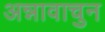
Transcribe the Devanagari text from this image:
अन्नावाचुन